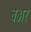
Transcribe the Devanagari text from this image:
बअर